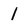
Character: l